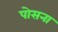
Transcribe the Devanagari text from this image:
पोसना